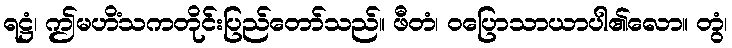
ရဋ္ဌံ၊ ဤမဟိံသကတိုင်းပြည်တော်သည်။ ဖီတံ၊ ဝပြောသာယာပါ၏လော။ တွံ၊